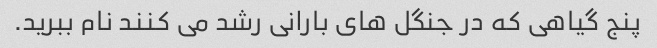
پنج گیاهی که در جنگل های بارانی رشد می کنند نام ببرید.